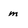
Character: m